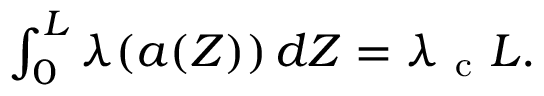
\begin{array} { r } { \int _ { 0 } ^ { L } \lambda ( { a } ( Z ) ) \, d Z = \lambda _ { \mathrm { ~ c ~ } } L . } \end{array}